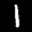
Label: 1